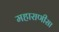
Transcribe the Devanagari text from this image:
महाराणीसा